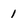
Character: 1